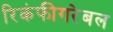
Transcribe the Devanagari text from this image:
रिकंफीगरेबल